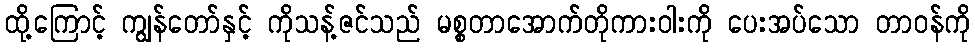
ထို့ကြောင့် ကျွန်တော်နှင့် ကိုသန့်ဇင်သည် မစ္စတာအောက်တိုကားဝါးကို ပေးအပ်သော တာဝန်ကို